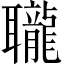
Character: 䏊